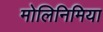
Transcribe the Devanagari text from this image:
मोलिनिमिया